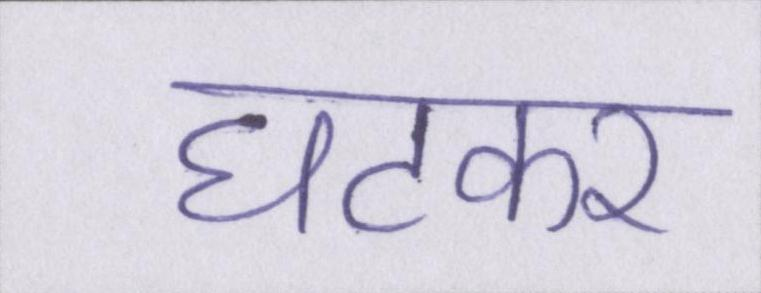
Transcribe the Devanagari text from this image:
घटकर